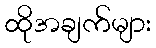
ထိုအချက်များ